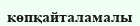
көпқайталамалы